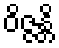
ဝိဇ္ဇန္တိ